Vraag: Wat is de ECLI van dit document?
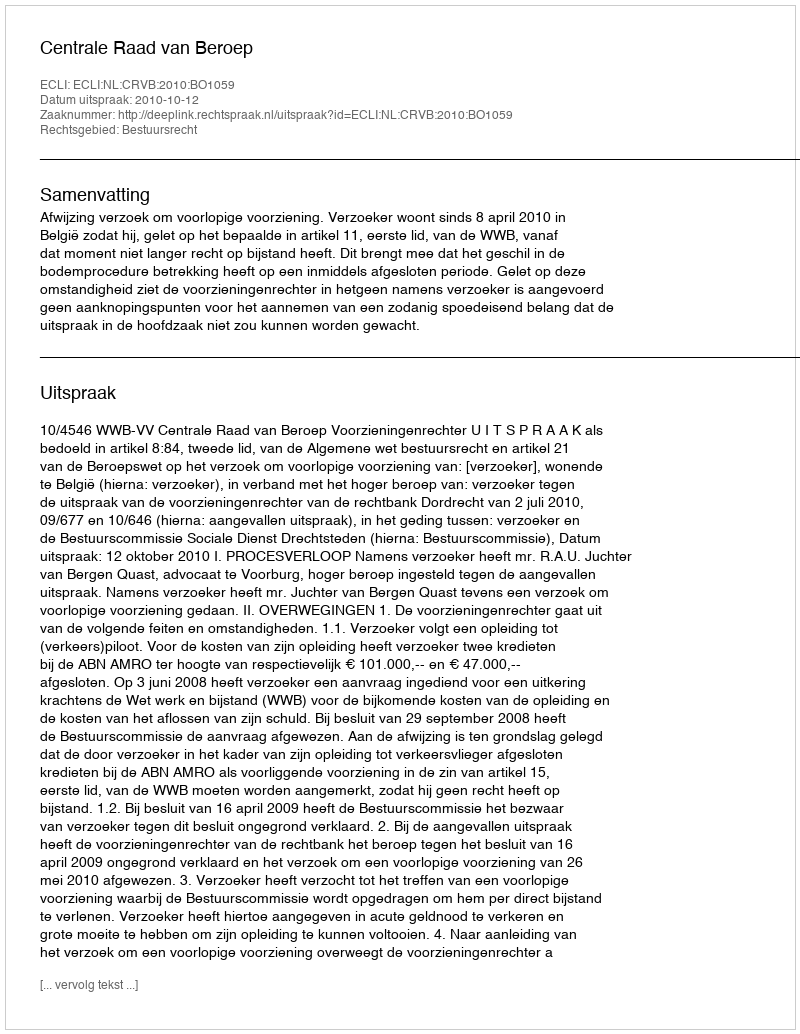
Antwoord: ECLI:NL:CRVB:2010:BO1059